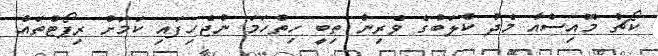
ކޯޗު މޮއިސްއާ މެދު ކްލަބުގެ ވެރިން ތިބީ ހިތްހަމަ ނުޖެހިފައި ކަމަށް ރިޕޯޓްތައް